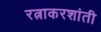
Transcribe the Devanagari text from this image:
रत्नाकरशांती